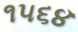
૧૫૬૪